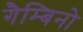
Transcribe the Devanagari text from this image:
गैम्बिनो